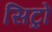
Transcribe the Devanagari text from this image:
सिट्रों